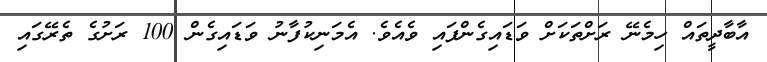
އާބާދީތައް ހިމެނޭ ރަށްތަކަށް ވަޑައިގެންފައި ވެއެވެ. އެމަނިކުފާނު ވަޑައިގެން 100 ރަށުގެ ތެރޭގައި